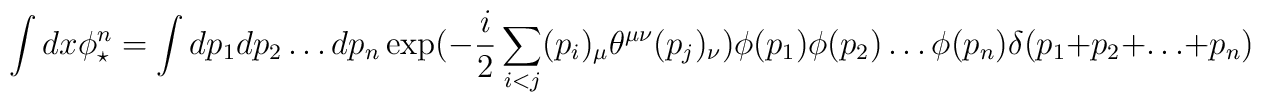
\int dx \phi^n_\star=\int dp_1 dp_2 \ldots dp_n \exp(-\frac{i}{2}\sum_{i<j}(p_i)_\mu\theta^{\mu \nu}(p_j)_\nu) \phi(p_1)\phi(p_2)\ldots\phi(p_n) \delta(p_1+p_2+\ldots+p_n)